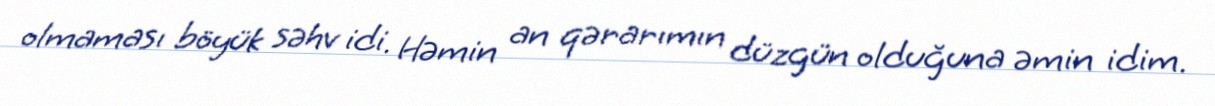
olmaması böyük səhv idi. Həmin an qərarımın düzgün olduğuna əmin idim.